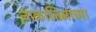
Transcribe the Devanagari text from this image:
नाकाजिमाच्या